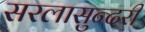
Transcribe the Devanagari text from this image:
सरलासुन्दरी